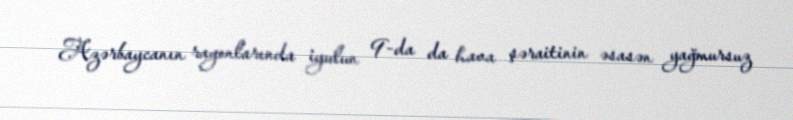
Azərbaycanın rayonlarında iyulun 9-da da hava şəraitinin əsasən yağmursuz